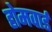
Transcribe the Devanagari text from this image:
होमवार्ड